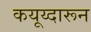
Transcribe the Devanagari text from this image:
कयूय्दारून